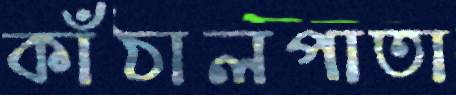
কাঁঠালপাতা